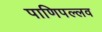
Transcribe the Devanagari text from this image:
पाणिपल्लव